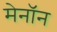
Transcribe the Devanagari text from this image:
मेनॉन